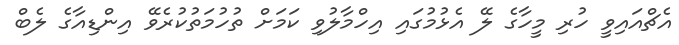
އެޗްއައިވީ ހުރި މީހާގެ ލޭ އެޅުމުގައި އިހްމާލުވި ކަމަށް ތުހުމަތުކުރެވޭ އިންޑިއާގެ ލެބް